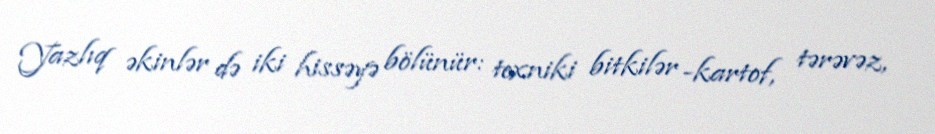
Yazlıq əkinlər də iki hissəyə bölünür: texniki bitkilər -kartof, tərəvəz,